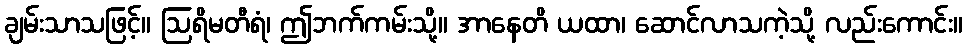
ချမ်းသာသဖြင့်။ ဩရိမတီရံ၊ ဤဘက်ကမ်းသို့။ အာနေတိ ယထာ၊ ဆောင်လာသကဲ့သို့ လည်းကောင်း။